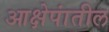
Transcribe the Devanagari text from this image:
आक्षेपांतील